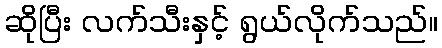
ဆိုပြီး လက်သီးနှင့် ရွယ်လိုက်သည်။